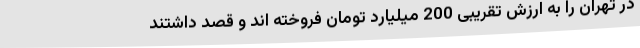
در تهران را به ارزش تقریبی 200 میلیارد تومان فروخته اند و قصد داشتند